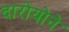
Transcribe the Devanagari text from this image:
दारोयोने